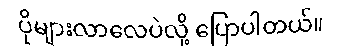
ပိုများလာလေပဲလို့ ပြောပါတယ်။